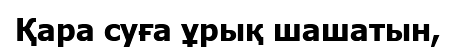
Қара суға ұрық шашатын,